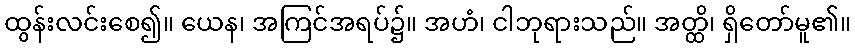
ထွန်းလင်းစေ၍။ ယေန၊ အကြင်အရပ်၌။ အဟံ၊ ငါဘုရားသည်။ အတ္ထိ၊ ရှိတော်မူ၏။